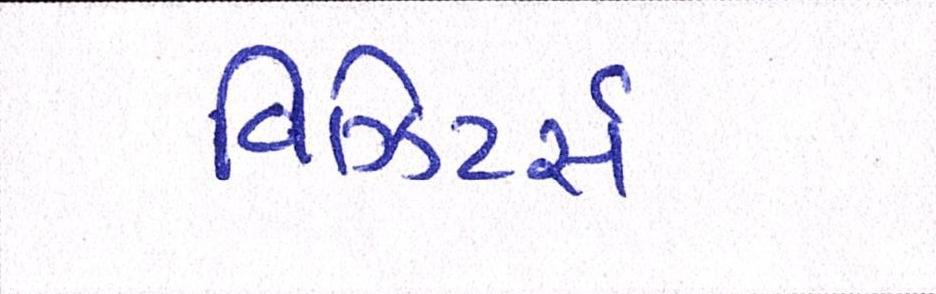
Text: વિઝિટર્સ